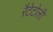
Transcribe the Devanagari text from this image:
रैटेटोली